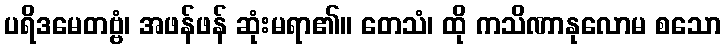
ပရိဒမေတဗ္ဗံ၊ အဖန်ဖန် ဆုံးမရာ၏။ တေသံ၊ ထို ကသိဏာနုလောမ စသော